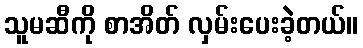
သူမဆီကို စာအိတ် လှမ်းပေးခဲ့တယ်။